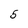
Character: 5